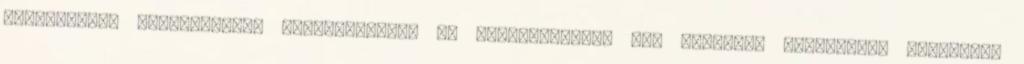
települések legfontosabb problémájának és lehetőségének egy mondatos jellemzése támpontot